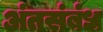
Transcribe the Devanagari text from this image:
अंतसंबंध